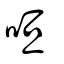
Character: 咺